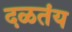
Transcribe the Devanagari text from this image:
दळतंय